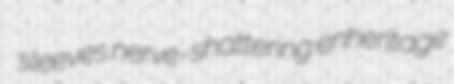
sleeves nerve-shattering enheritage